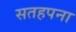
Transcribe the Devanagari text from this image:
सतहपना